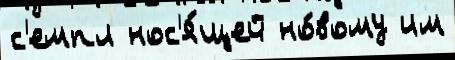
с'емпл нос'я́щей но́вому им